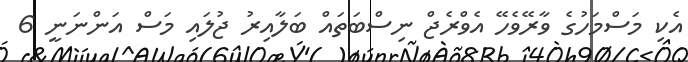
އެކި މަސްމަހުގެ ވާރޭވެހޭ އެވްރެޖް ނިސްބަތައް ބަލާއިރު ޖުލައި މަސް އަންނަނީ 6